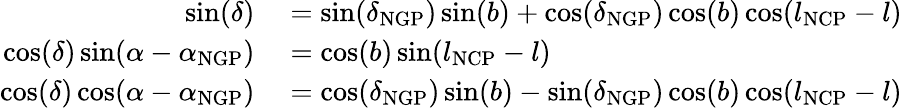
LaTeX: \begin{array}{rl}{\sin(\delta)}&{{}=\sin(\delta_{\mathrm{NGP}})\sin(b)+\cos(\delta_{\mathrm{NGP}})\cos(b)\cos(l_{\mathrm{NCP}}-l)}\\ {\cos(\delta)\sin(\alpha-\alpha_{\mathrm{NGP}})}&{{}=\cos(b)\sin(l_{\mathrm{NCP}}-l)}\\ {\cos(\delta)\cos(\alpha-\alpha_{\mathrm{NGP}})}&{{}=\cos(\delta_{\mathrm{NGP}})\sin(b)-\sin(\delta_{\mathrm{NGP}})\cos(b)\cos(l_{\mathrm{NCP}}-l)}\end{array}